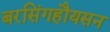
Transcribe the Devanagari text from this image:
बरसिंगहौयसन